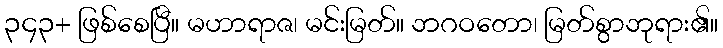
၃၄၃+ ဖြစ်စေပြီ။ မဟာရာဇ၊ မင်းမြတ်။ ဘဂဝတော၊ မြတ်စွာဘုရား၏။